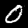
Label: 0